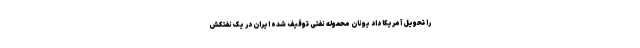
را تحویل آمریکا داد یونان محموله نفتی توقیف شده ایران در یک نفتکش